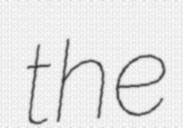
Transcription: the